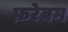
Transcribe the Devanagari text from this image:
फ़रेबम